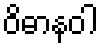
ဝိဓာနဝါ